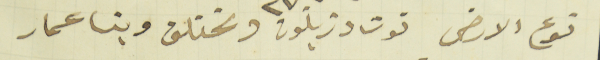
نوع الارض توت وزيتون ومختلف وبنا عمار